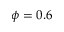
\phi = 0 . 6